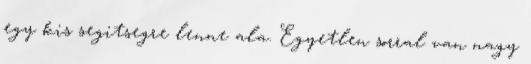
egy kis segitsegre lenne ala. Egyetlen sorral van nagy